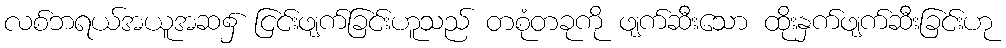
လစ်ဘရယ်အယူအဆ၌ ငြင်းဖျက်ခြင်းဟူသည် တစုံတခုကို ဖျက်ဆီးသော ထိုးနှက်ဖျက်ဆီးခြင်းဟု